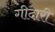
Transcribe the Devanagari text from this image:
गीदारी